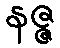
နဇ္ဇ